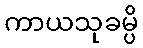
ကာယသုခမ္ပိ